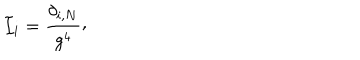
{ \cal I } _ { i } = { \frac { \delta _ { i , N } } { g ^ { 4 } } } \raise 2 p t \mathrm { , }